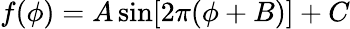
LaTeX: f(\phi)=A\sin[2\pi(\phi+B)]+C